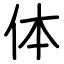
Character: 体